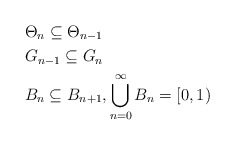
\begin{align*}&\Theta_{n} \subseteq \Theta_{n-1} \\&G_{n-1} \subseteq G_n \\&B_n \subseteq B_{n+1}, \bigcup \limits_{n = 0}^\infty B_n = [0,1)\end{align*}